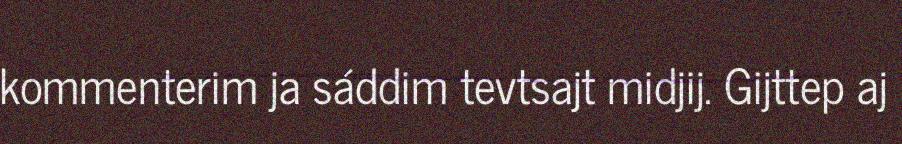
kommenterim ja sáddim tevtsajt midjij. Gijttep aj